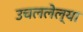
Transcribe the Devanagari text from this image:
उचललेल्या